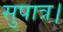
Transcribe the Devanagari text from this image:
सुपात्र।